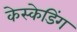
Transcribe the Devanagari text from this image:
केस्केडिंग